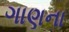
ગાણના